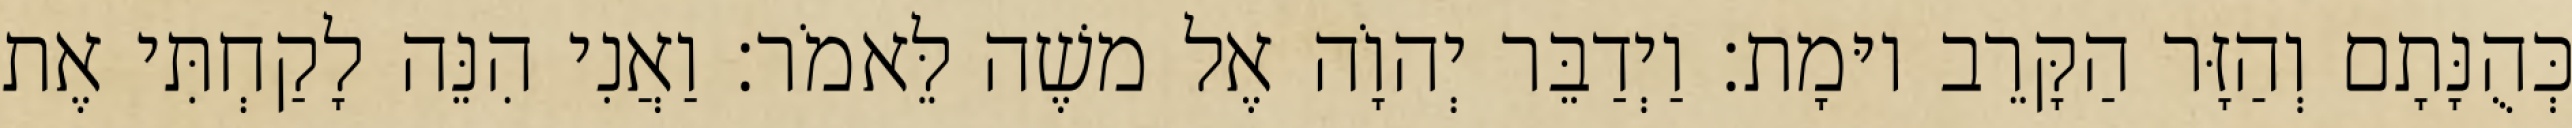
כְּהֻנָּתָם וְהַזָּר הַקָּרֵב יוּמָת׃ וַיְדַבֵּר יְהוָֹה אֶל משֶׁה לֵּאמֹר׃ וַאֲנִי הִנֵּה לָקַחְתִּי אֶת